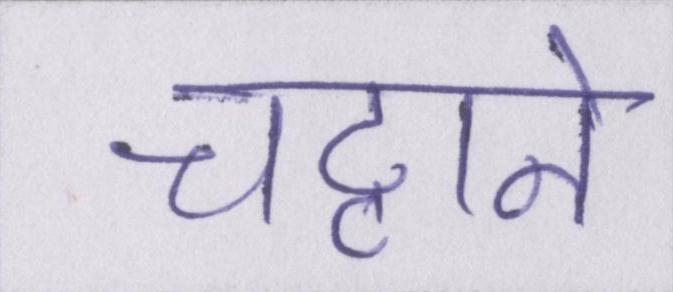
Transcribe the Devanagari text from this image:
चट्टाने